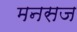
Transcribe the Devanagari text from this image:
मनसज